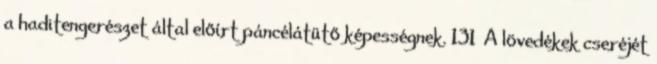
a haditengerészet által előírt páncélátütő képességnek. 131 A lövedékek cseréjét